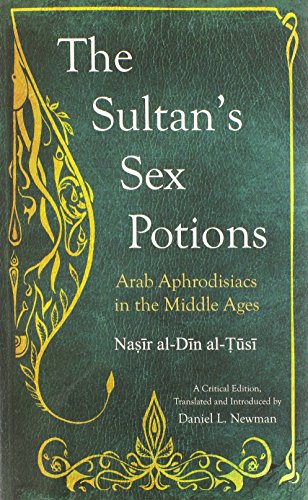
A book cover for The Sultan's Sex Potions: Arab Aphrodisiacs in the Middle Ages (English and Arabic Edition); Nasir al-Din al-Tusi; Self-Help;